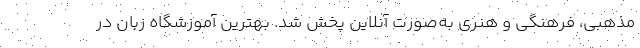
مذهبی، فرهنگی و هنری به‌صورت آنلاین پخش شد. بهترین آموزشگاه زبان در